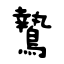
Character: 鷙